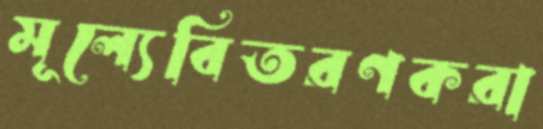
মূল্যেবিতরণকরা